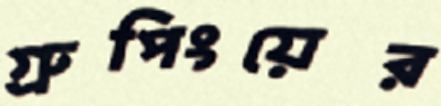
গ্রুপিংয়ের